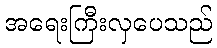
အရေးကြီးလှပေသည်